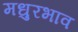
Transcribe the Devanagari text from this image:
मधुरभाव